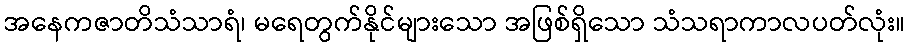
အနေကဇာတိသံသာရံ၊ မရေတွက်နိုင်များသော အဖြစ်ရှိသော သံသရာကာလပတ်လုံး။